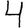
Digit: 4